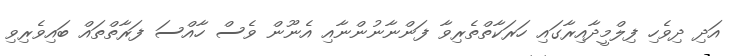
އަދި ދިވެހި ފިލްމީދާއިރާގައި ހަރަކާތްތެރިވާ ފަންނާނުންނާއި އެނޫން ވެސް ހާއްސަ ފަރާތްތައް ބައިވެރިވި